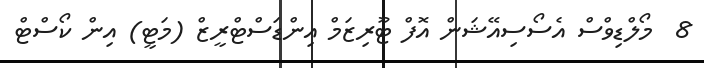
8  މޯލްޑިވްސް އެސޯސިއޭޝަން އޮފް ޓޫރިޒަމް އިންޑަސްޓްރީޒް (މަޓީ) އިން ކޯސްޓް